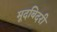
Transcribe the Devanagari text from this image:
मूदबिदरी